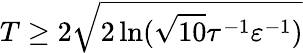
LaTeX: T\geq 2\sqrt{2\ln(\sqrt{10}\tau^{-1}\varepsilon^{-1})}